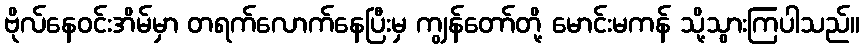
ဗိုလ်နေဝင်းအိမ်မှာ တရက်လောက်နေပြီးမှ ကျွန်တော်တို့ မောင်းမကန် သို့သွားကြပါသည်။